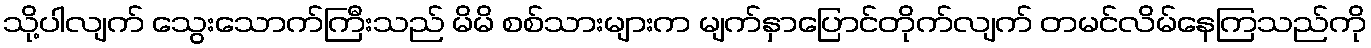
သို့ပါလျက် သွေးသောက်ကြီးသည် မိမိ စစ်သားများက မျက်နှာပြောင်တိုက်လျက် တမင်လိမ်နေကြသည်ကို